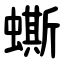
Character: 蟖